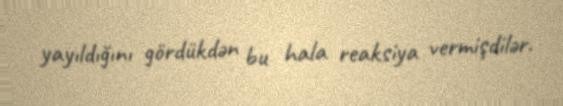
yayıldığını gördükdən bu hala reaksiya vermişdilər.